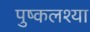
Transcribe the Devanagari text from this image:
पुष्कलश्या